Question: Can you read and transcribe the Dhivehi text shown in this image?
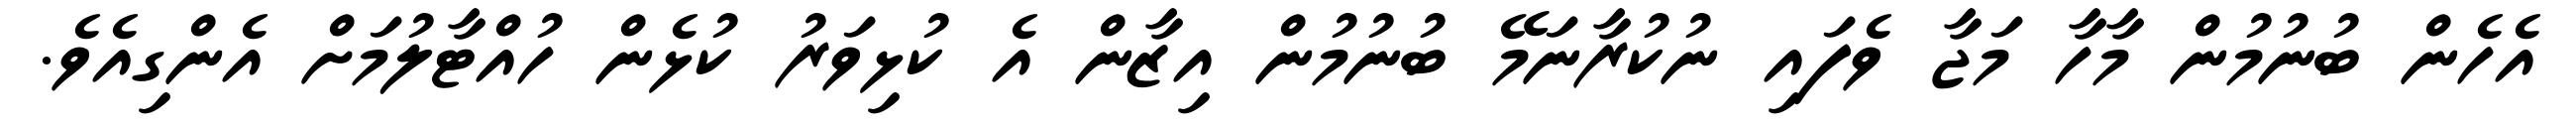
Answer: އެހެން ބުނުމުން މާހާ މަޖާ ވެފައި ނުކުރާނަމޭ ބުނުމުން އިޒާން އެ ކުޅިވަރު ކުޅެން ހުއްޓާލުމަށް އެންގިއެވެ.